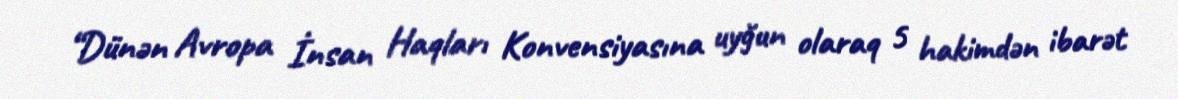
“Dünən Avropa İnsan Haqları Konvensiyasına uyğun olaraq 5 hakimdən ibarət